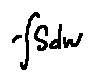
- \int S d w